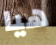
هيا